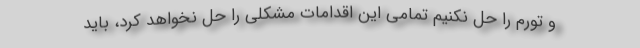
و تورم را حل نکنیم تمامی این اقدامات مشکلی را حل نخواهد کرد، باید